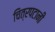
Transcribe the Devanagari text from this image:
चित्रपटानी